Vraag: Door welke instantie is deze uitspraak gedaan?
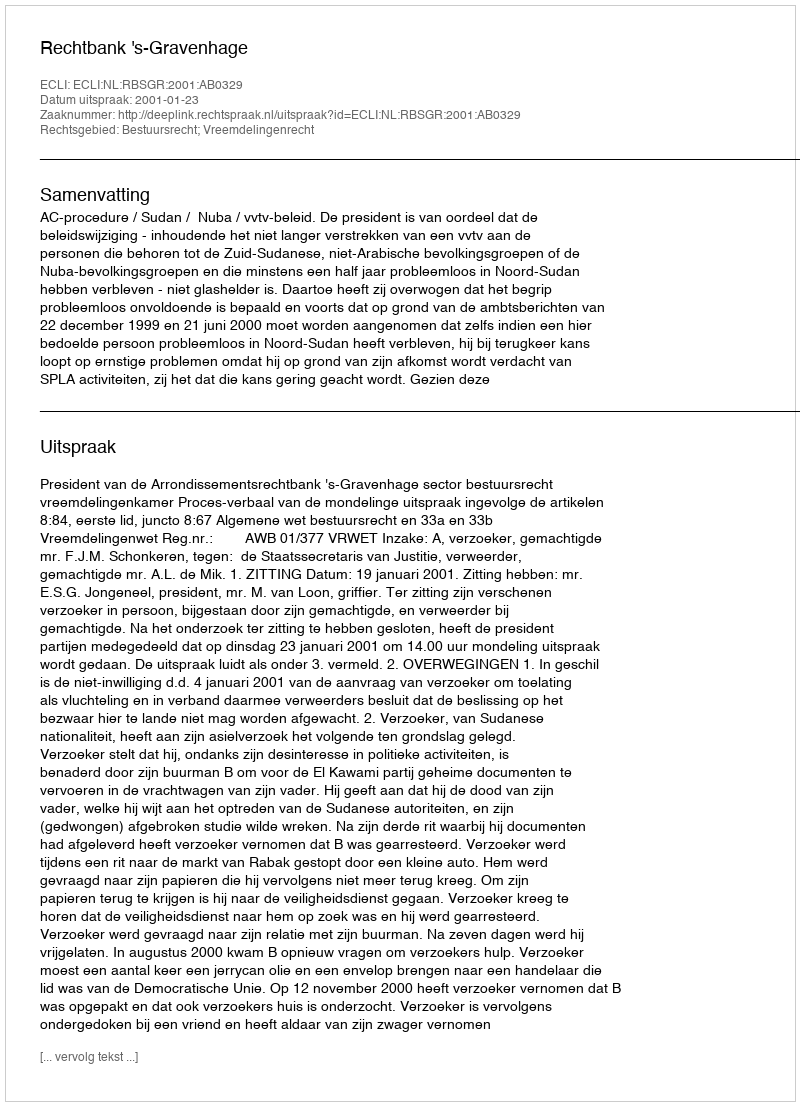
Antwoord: Rechtbank 's-Gravenhage